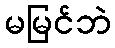
မမြင်ဘဲ